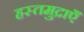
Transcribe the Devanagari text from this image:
हस्तमुद्राएँ